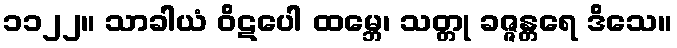
၁၁၂၂။ သာခါယံ ဝိဋပေါ ထမ္ဘေ၊ သတ္တု ခဇ္ဇန္တရေ ဒိသေ။